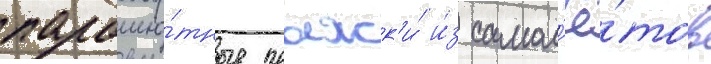
парашю́тные прыжк'и́ и́з самол'ё́тов